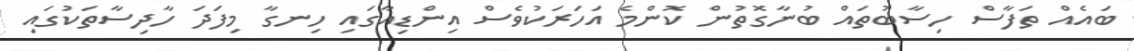
ބައެއް ތަފާސް ހިސާބުތައް ބުނާގޮތުން ކޮންމެ އަހަރަކުވެސް އިންޑިއާގައި ހިނގާ މިފަދަ ހާދިސާތަކުގައި